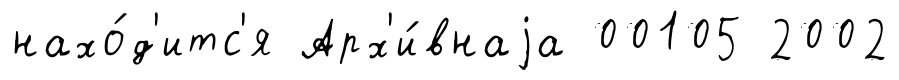
нахо́д'итс'я Арх'и́внаjа 00105 2002